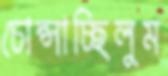
চোপ্‌সাচ্ছিলুম